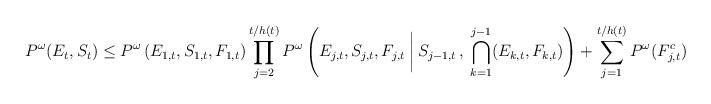
LaTeX: \begin{align*} P^\omega(E_t, S_t)\leq P^\omega\left(E_{1,t}, S_{1,t}, F_{1,t}\right) \prod_{j=2}^{t/h(t)} P^\omega\left(E_{j,t}, S_{j,t}, F_{j,t} \:\bigg\vert\: S_{j-1,t}\, ,\:\bigcap_{k=1}^{j-1} (E_{k,t}, F_{k,t})\right) + \sum_{j=1}^{t/h(t)}P^\omega(F_{j,t}^c) \end{align*}